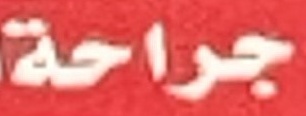
جراحة